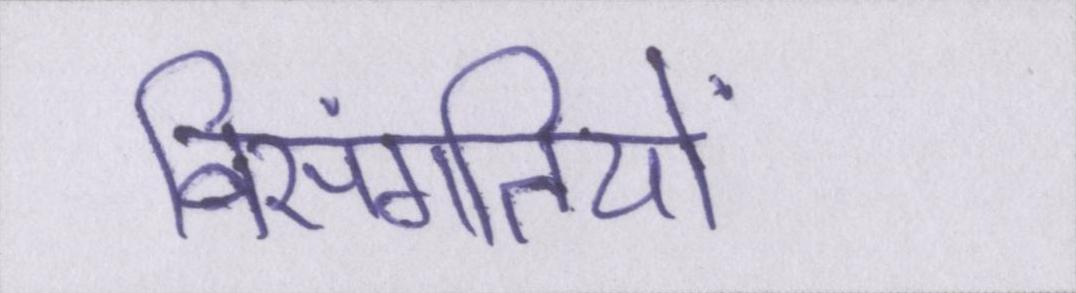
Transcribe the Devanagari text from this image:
विसंगतियों